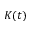
K ( t )